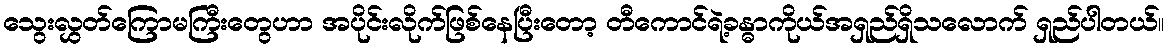
သွေးလွှတ်ကြောမကြီးတွေဟာ အပိုင်းလိုက်ဖြစ်နေပြီးတော့ တီကောင်ရဲ့ခန္ဓာကိုယ်အရှည်ရှိသလောက် ရှည်ပါတယ်။